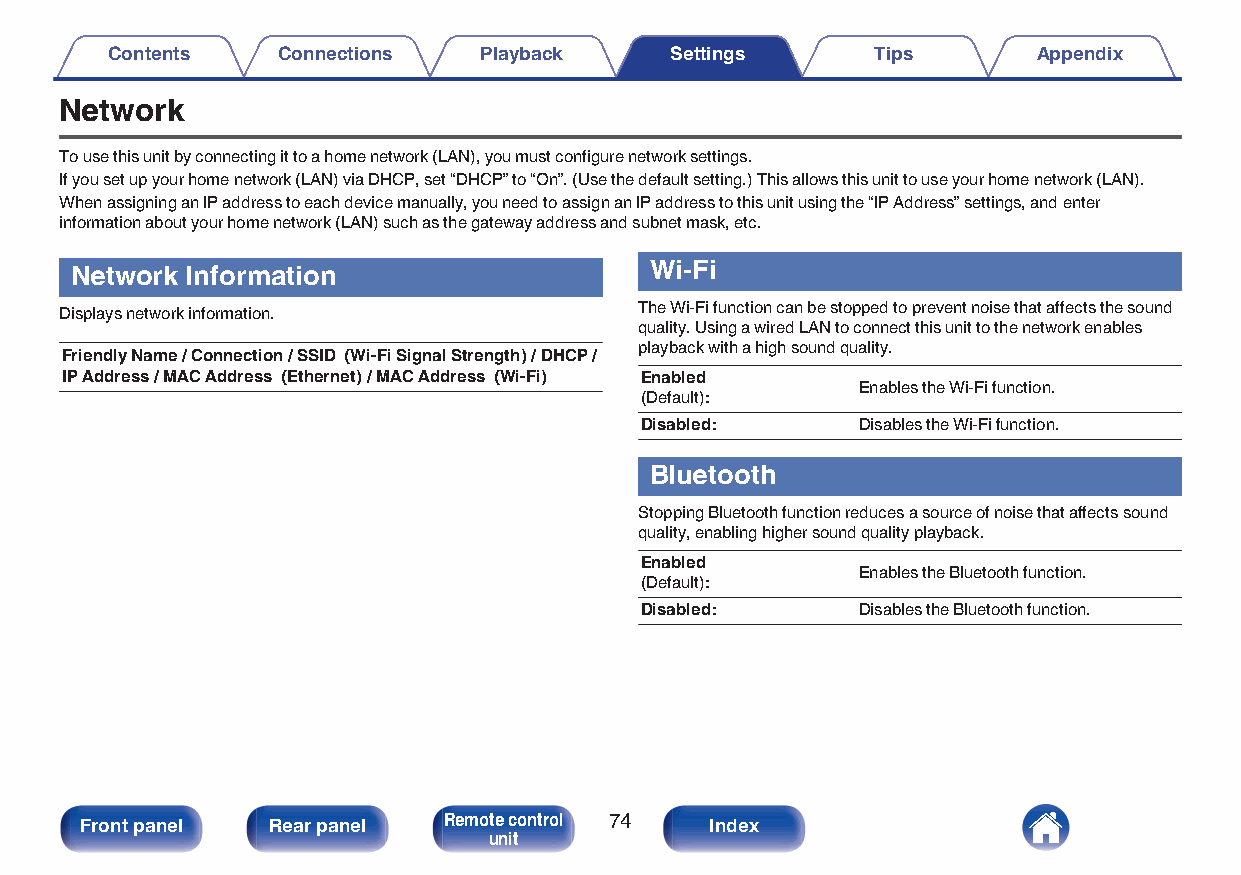
Contents   Connections   Playback    Settings      Tips       Appendix
 Network
 To use this unit by connecting it to a home network (LAN), you must configure network settings.
 If you set up your home network (LAN) via DHCP, set “DHCP” to “On”. (Use the default setting.) This allows this unit to use your home network (LAN).
 When assigning an IP address to each device manually, you need to assign an IP address to this unit using the “IP Address” settings, and enter
 information about your home network (LAN) such as the gateway address and subnet mask, etc.
 Network Information                   Wi-Fi
 Displays network information.         The Wi-Fi function can be stopped to prevent noise that affects the sound
 quality. Using a wired LAN to connect this unit to the network enables
 playback with a high sound quality.
 Friendly Name / Connection / SSID (Wi-Fi Signal Strength) / DHCP /
 IP Address / MAC Address (Ethernet) / MAC Address (Wi-Fi) Enabled
 Enables the Wi-Fi function.
 (Default):
 Disabled:      Disables the Wi-Fi function.
 Bluetooth
 Stopping Bluetooth function reduces a source of noise that affects sound
 quality, enabling higher sound quality playback.
 Enabled
 Enables the Bluetooth function.
 (Default):
 Disabled:      Disables the Bluetooth function.
 Front panel  Rear panel Remote control 74 Index
 unit